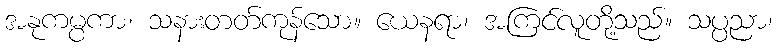
အနုကမ္ပကာ၊ သနားတတ်ကုန်သော။ ယေနရာ၊ အကြင်လူတို့သည်။ သပ္ပညာ၊